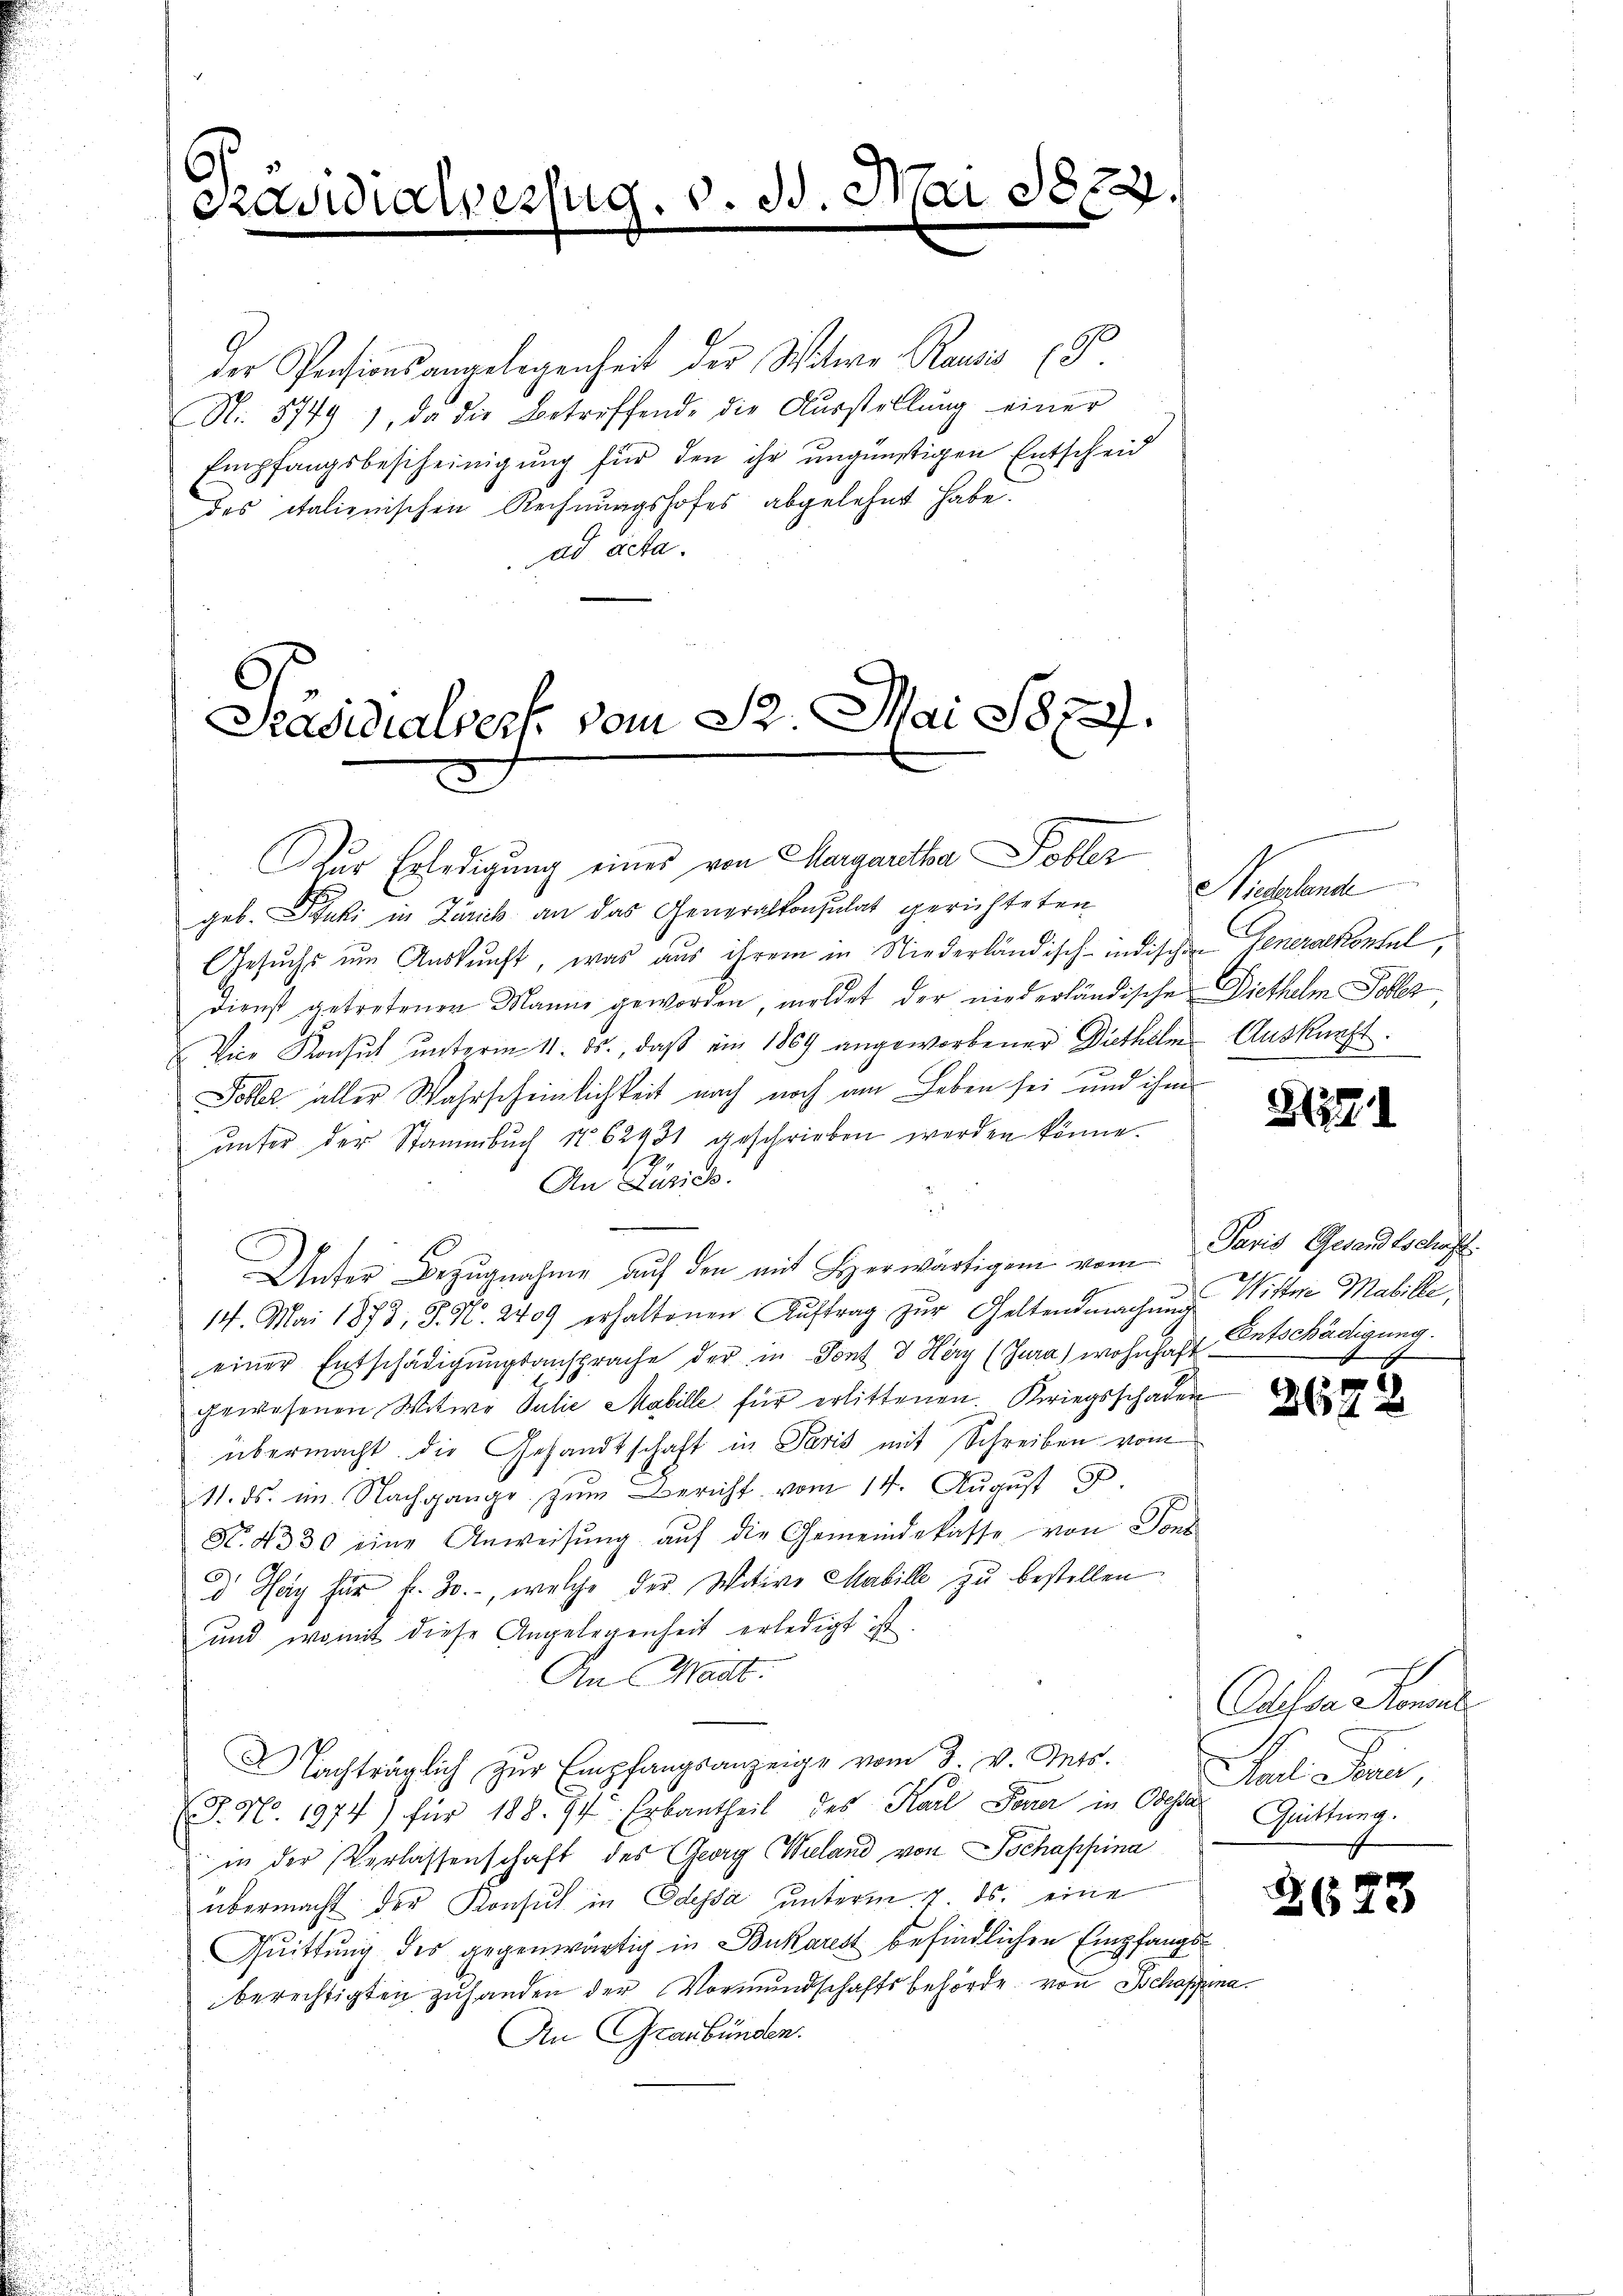
¬
Präsidialer

s

Z. V. B. Ha

822

der Pensionsangelegenheit der Witwe Rausis (d.
N. 5749), da die Betreffende die Aŭsstellŭng einer
Empfangsbescheinigung für den ihr ungünstigen Entscheid
des italienischen Rechnungshofes abgelehnt habe.
ad acta.

Präsidialverf. vom St. Mai 1879.
ur Erledigung eines von Margaretha Dobler

geb. Puki in Zürich an das Generalkonsulat gerichteten
Gesuchs um Auskunft, was aus ihrem in Niederländisch-indischen Generalkontul,
dienst getretenen Manne geworden, meldet der niederländische Diethelm Tobles
Vice Konsul ŭnterm 11. ds., daβ am 1869 angeworbener Diethelm Auskunft.
n
Tobler aller Wahrscheinlichkeit nach noch am Leben sei und ihm
ŭnter der Stammbŭch No. 62431 geschrieben werden könne.
.
An Luzich
Unter Bezugnahme auf den mit Herwärtigen vom Paris Gewandtschaft
14. Mai 1873, S. N. 2409 erhaltenen Aŭftrag zŭr Geltendmachŭng Witter Mabille,
einer Entschädigŭngsansprache der in Sont & Herz (Jura) wohnhaft Entschädigung
gewesenen Witwe Julie Mabille für erlittenen. Kriegsschaden
übermacht die Gesandtschaft in Paris mit Schreiben vom
11. ds. im Nachgange zum Bericht vom 14. August 8.
Nr. 4330 eine Anweisŭng aŭf die Gemeindekasse von Sons
d Hey für f. 30., welche der Witive Mabille zu bestellen
und womit diese Angelegenheit erledigt ist.
An Mart.
 achträglich zŭr Empfangsanzeige vom 3. v. Mts.
D. N. 1974) für 188. 94. Erbantheil des Karl Feuer in Obern Grüttung.
in der Verlassenschaft des Georg (Wiland von Tschappina
übermacht der Konsul in Odessa unterm 7. ds. eine
Quittung des gegenwärtig in Bukarest befindlichen Empfangsberechtigten zuhanden der Vormundschaftsbehörde von Schaffuna¬
An Graubünden.

Niederlande

31271

3672

Cafore Jennen.
Karl Frei

240)